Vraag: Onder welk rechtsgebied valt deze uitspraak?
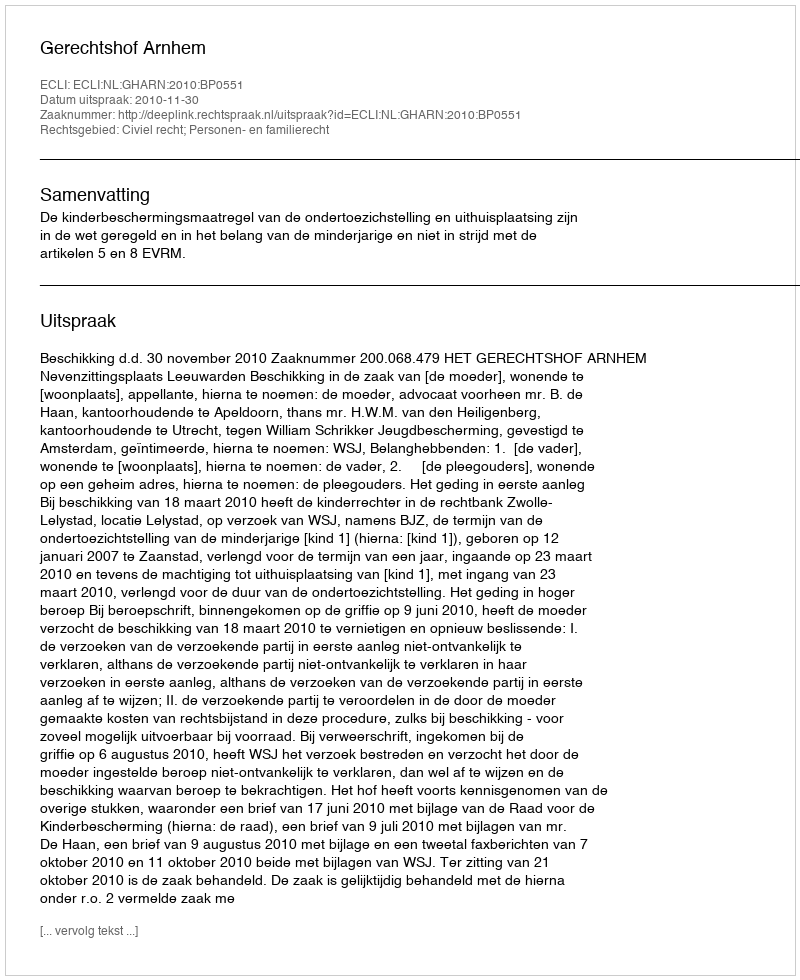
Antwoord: Civiel recht; Personen- en familierecht